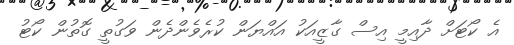
އެ ކޯޓަށް ދާއިމީ އިސް ގާޒީއަކު އައްޔަން ކުރެވެންދެން ވަގުތީ ގޮތުން ކޯޓު